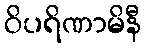
ဝိပရိဏာမိနီ